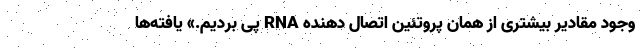
وجود مقادیر بیشتری از همان پروتئین اتصال دهنده RNA پی بردیم.» یافته‌ها